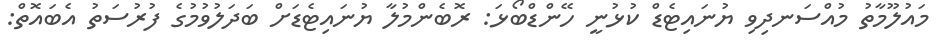
މައުލޫމާތު މުއްސަނދިވި ޔުނައިޓެޑް ކުޅުނީ ހޭންޑްބޯޅަ: ރޮބެންމުލާ ޔުނައިޓެޑަށް ބަދަލުވުމުގެ ފުރުސަތު އެބައޮތް: